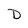
Character: D